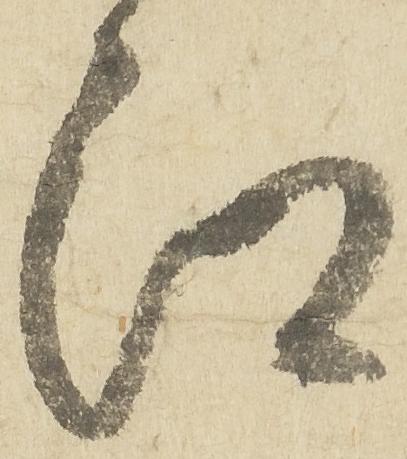
江